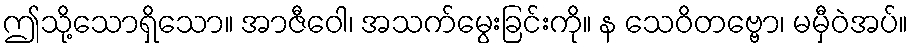
ဤသို့သောရှိသော။ အာဇီဝေါ၊ အသက်မွေးခြင်းကို။ န သေဝိတဗ္ဗော၊ မမှီဝဲအပ်။